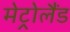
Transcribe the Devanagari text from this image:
मेट्रोलैंड